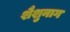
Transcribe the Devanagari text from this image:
शैशुनाग